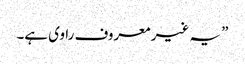
” یہ غیر معروف راوی ہے۔